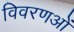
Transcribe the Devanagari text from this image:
विवरणओं